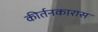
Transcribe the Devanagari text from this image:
कीर्तनकारास